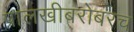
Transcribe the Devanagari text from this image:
पालखीबरोबरच